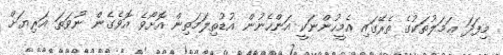
މިފަދަ ޢަމަލުތަކުގެ ތެރޭގައި އެމީހުންނަކީ އަންހެނުން އުޑުތިލަމަތިން އޮށޯވެ އޮވެގެން ނުވަތަ އަރިޔަށް